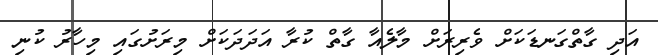
އަދި ގާތްގަނޑަކަށް ވެރިރަށް މާލެއާ ގާތް ކުރާ އަދަދަކަށް މިރަށުގައި މިހާރު ކުނި